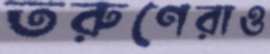
তরুণেরাও